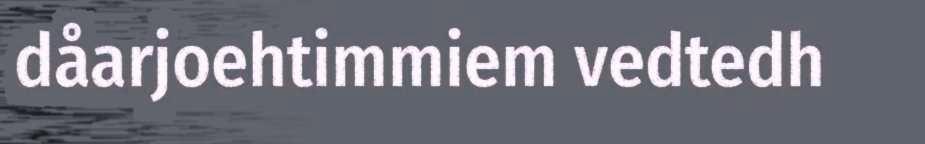
dåarjoehtimmiem vedtedh